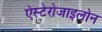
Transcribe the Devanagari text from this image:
ऐस्टेरोजाइलोन